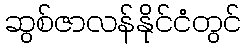
ဆွစ်ဇာလန်နိုင်ငံတွင်